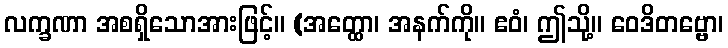
လက္ခဏာ အစရှိသောအားဖြင့်။ (အတ္ထော၊ အနက်ကို။ ဧဝံ၊ ဤသို့။ ဝေဒိတဗ္ဗော၊